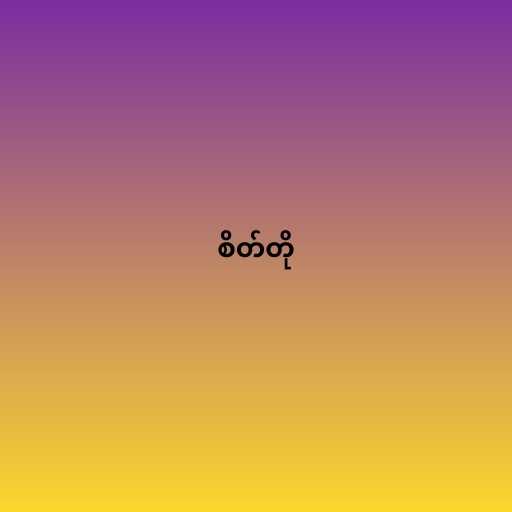
စိတ်တို